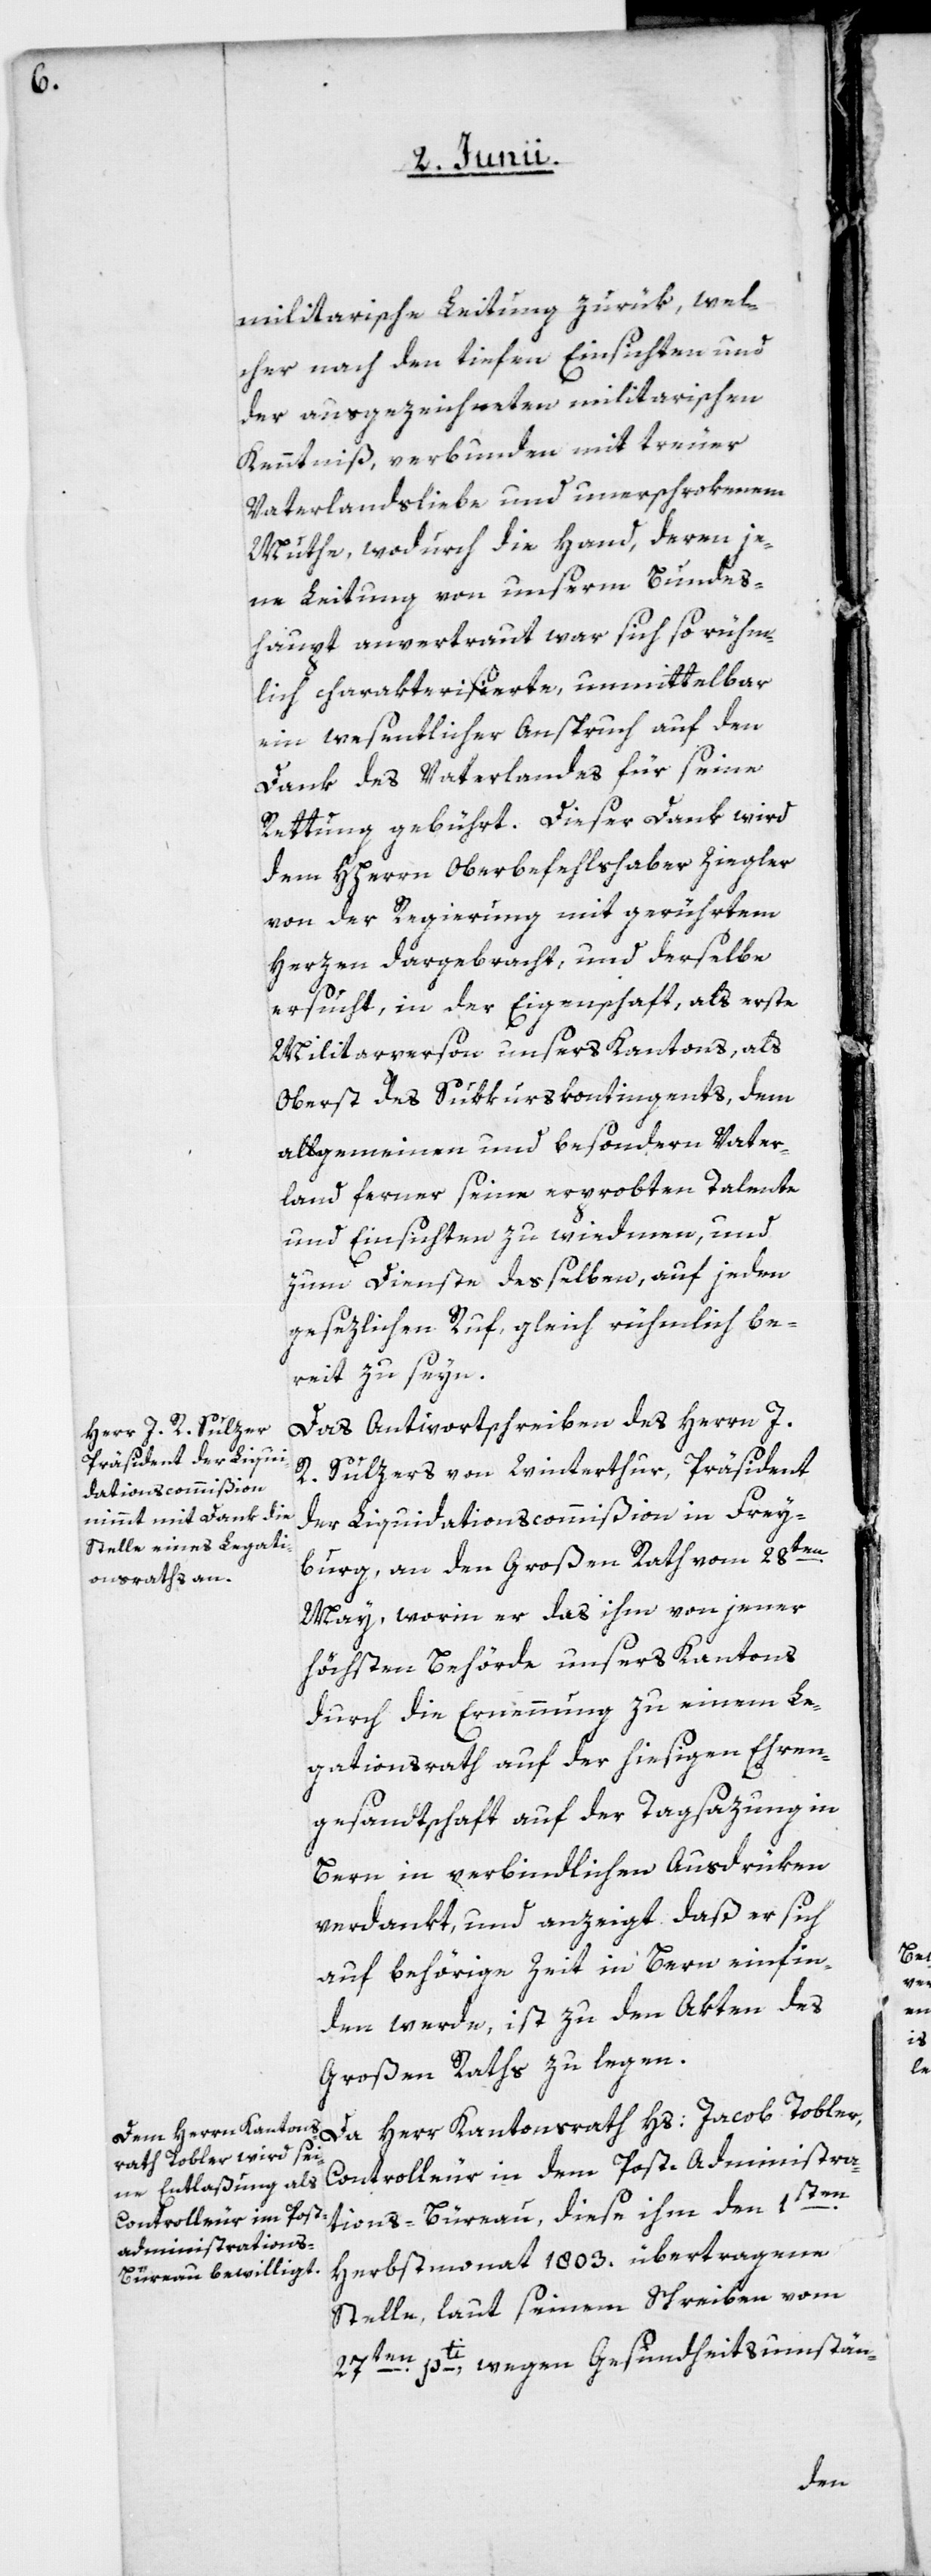
militarische Leitung zurük, wel¬
cher nach den tiefen Einsichten und
der ausgezeichneten militarischen
Kenntniß, verbunden mit treuer
Vaterlandsliebe und unerschrokenem
Muthe, wodurch die Hand, deren je¬
ne Leitung von unserm Bundes¬
haupt anvertraut war sich so rühm¬
lich charakterisierte, unmittelbar
ein wesentlicher Anspruch auf den
Dank des Vaterlandes für seine
Rettung gebührt. Dieser Dank wird
dem HHerrn Oberbefehlshaber Ziegler
von der Regierung mit gerührtem
Herzen dargebracht, und derselbe
ersucht, in der Eigenschaft, als erste
Militarperson unsers Kantons, als
Oberst des Sukkurskontingents, dem
allgemeinen und besondern Vater¬
land ferner seine erprobten Talente
und Einsichten zu wiedmen, und
zum Dienste desselben, auf jeden
gesezlichen Ruf, gleich rühmlich be¬
reit zu seyn.
Das Antwortschreiben des Herrn J.
R. Sulzers von Winterthur, Präsident
der Liquidationscommißion in Frey¬
burg, an den Großen Rath vom 28ten
May, worin er das ihm von jener
höchsten Behörde unsers Kantons
durch die Ernennung zu einem Le¬
gationsrath auf der hiesigen Ehren¬
gesandtschaft auf der Tagsazung in
Bern in verbindlichen Ausdrüken
verdankt, und anzeigt daß er sich
auf behörige Zeit in Bern einfin¬
den werde, ist zu den Akten des
Großen Raths zu legen.
Da Herr Kantonsrath Hs: Jacob Tobler,
Controlleur in dem Post-Administra¬
tions-Bureau, diese ihm den 1sten
Herbstmonat 1803. übertragene
Stelle, laut seinem Schreiben vom
27ten pti, wegen Gesundheitsumstän-